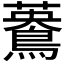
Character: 𪃳